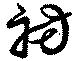
祊